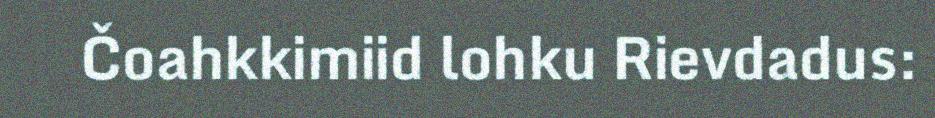
Čoahkkimiid lohku Rievdadus: